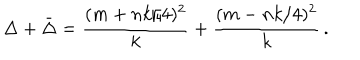
\Delta + \bar { \Delta } = \frac { ( m + n k / 4 ) ^ { 2 } } { k } + \frac { ( m - n k / 4 ) ^ { 2 } } { k } \, .